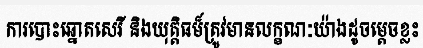
ការបោះឆ្នោតសេរី និងយុត្តិធម៏ត្រូវមានលក្ខណៈយ៉ាងដូចម្តេចខ្លះ